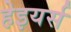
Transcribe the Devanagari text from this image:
हेइयर्स